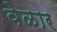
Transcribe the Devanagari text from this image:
वेळार